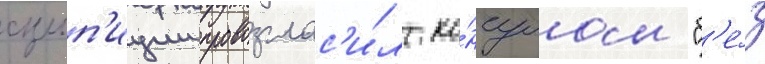
сульп'иции провозглас'и́л ко́нсулом "б'е́з